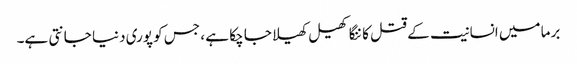
برما میں انسانیت کے قتل کا ننگا کھیل کھیلا جا چکا ہے ، جس کو پوری دنیا جانتی ہے۔